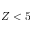
Z < 5